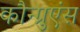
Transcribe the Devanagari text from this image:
कौन्ग्रुएंस